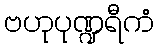
ဗဟုပုဏ္ဍရီကံ